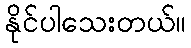
နိုင်ပါသေးတယ်။